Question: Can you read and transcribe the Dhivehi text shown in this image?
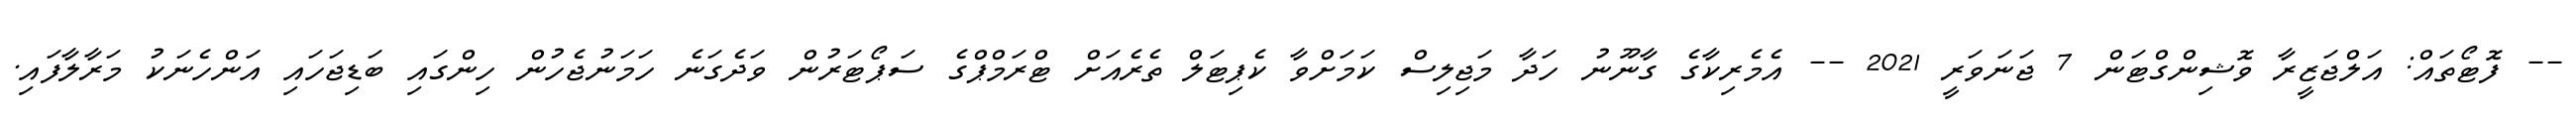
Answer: -- ފޮޓޯތައް: އަލްޖަޒީރާ ވޮޝިންގްޓަން 7 ޖަނަވަރީ 2021 -- އެމެރިކާގެ ގާނޫނު ހަދާ މަޖިލިސް ކަމަށްވާ ކެޕިޓަލް ތެރެއަށް ޓްރަމްޕްގެ ސަޕޯޓަރުން ވަދެގަނެ ހަމަނުޖެހުން ހިންގައި ބަޑިޖަހައި އަންހެނަކު މަރާލާފައި.